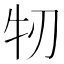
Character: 牣